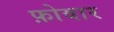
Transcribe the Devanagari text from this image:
फ़ोवार